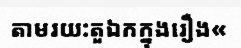
តាមរយ:តួឯកក្នុងរឿង«